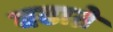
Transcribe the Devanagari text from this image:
बढाऩे